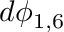
d \phi _ { 1 , 6 }